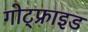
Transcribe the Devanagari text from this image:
गोट्फ्राइड